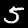
Digit: 5